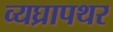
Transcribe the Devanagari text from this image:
व्यघ्रापथर